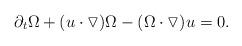
LaTeX: \begin{align*}& \partial_{t}\Omega+(u\cdot\triangledown)\Omega-(\Omega\cdot\triangledown)u=0.\end{align*}